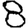
Digit: 8